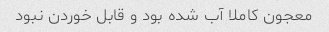
معجون کاملا آب شده بود و قابل خوردن نبود